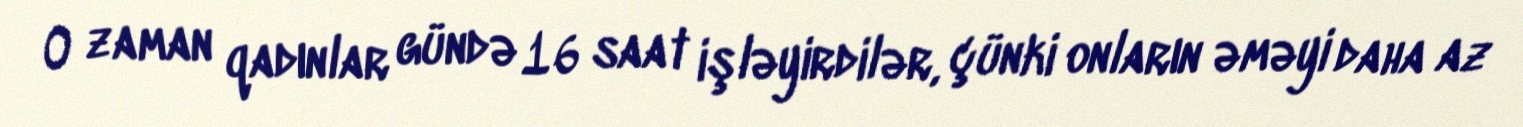
O zaman qadınlar gündə 16 saat işləyirdilər, çünki onların əməyi daha az